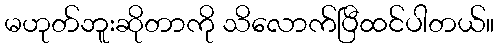
မဟုတ်ဘူးဆိုတာကို သိလောက်ပြီထင်ပါတယ်။